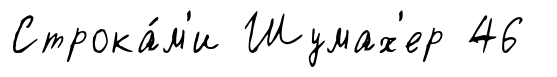
Строка́м'и Шумах'ер 46